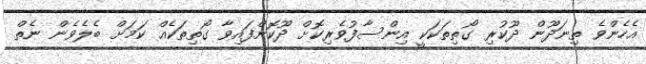
އެހެންވެ ތިނަދޫން ދޫކުރި ގޯތިތަކަކީ އިންސާފުވެރިކޮށް ދޫކޮށްފައިވާ ގޯތިތަކެއް ކަމަށް ބެލެވެން ނެތް